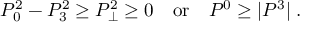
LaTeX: P _ { 0 } ^ { 2 } - P _ { 3 } ^ { 2 } \ge P _ { \perp } ^ { 2 } \ge 0 \quad \mathrm { o r } \quad P ^ { 0 } \ge | P ^ { 3 } | \; .